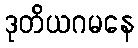
ဒုတိယဂမနေ